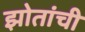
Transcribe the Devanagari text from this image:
झोतांची